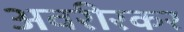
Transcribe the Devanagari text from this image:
अवरीरकर